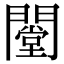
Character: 闛